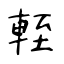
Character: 輊